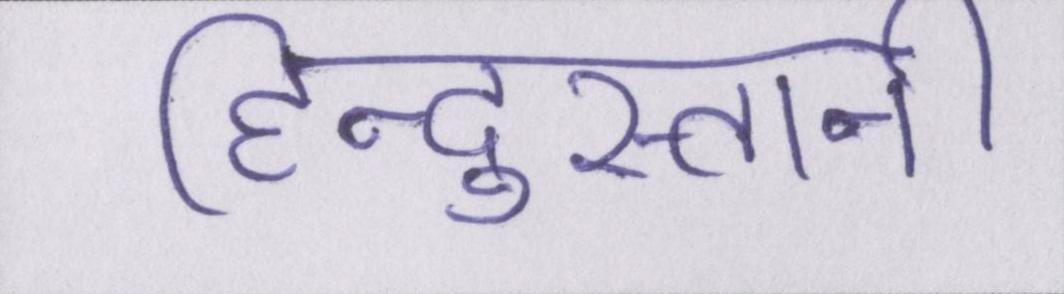
हिन्दुस्तानी